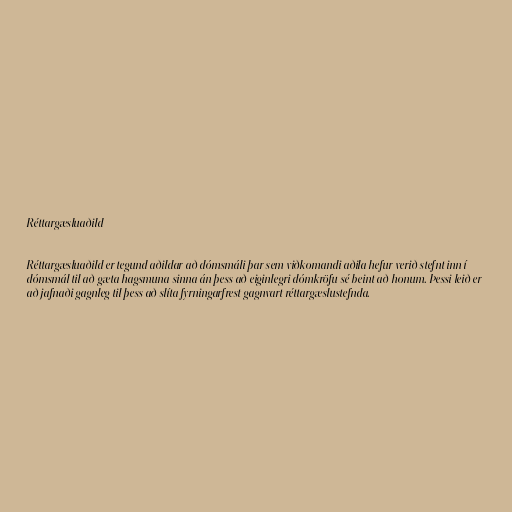
Réttargæsluaðild

Réttargæsluaðild er tegund aðildar að dómsmáli þar sem viðkomandi aðila hefur verið stefnt inn í
dómsmál til að gæta hagsmuna sinna án þess að eiginlegri dómkröfu sé beint að honum. Þessi leið er
að jafnaði gagnleg til þess að slíta fyrningarfrest gagnvart réttargæslustefnda.